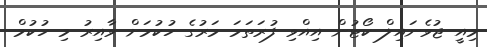
މިއީ ޖުވެނައިލް ކޯޓުން އިއްވި ފުރަތަމަ މަރުގެ ހުކުމަށް ވާއިރު މި ހުކުމް